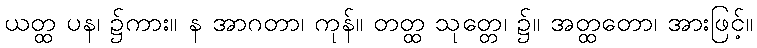
ယတ္ထ ပန၊ ၌ကား။ န အာဂတာ၊ ကုန်။ တတ္ထ သုတ္တေ၊ ၌။ အတ္ထတော၊ အားဖြင့်။